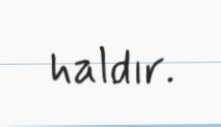
haldır.